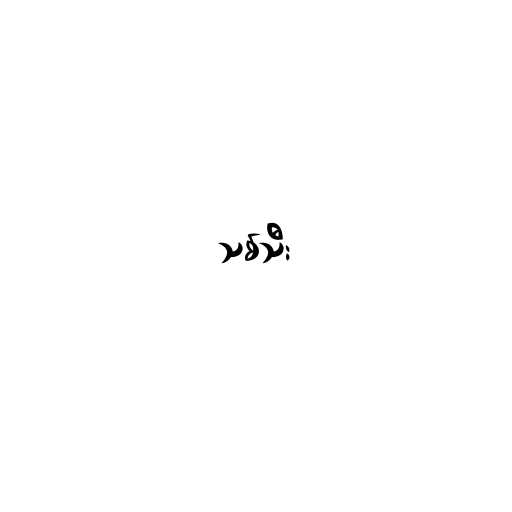
သစ်သီး